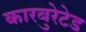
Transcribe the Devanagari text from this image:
कारबुरेटेड